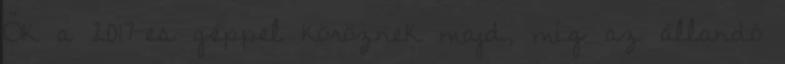
Ők a 2017-es géppel köröznek majd, míg az állandó